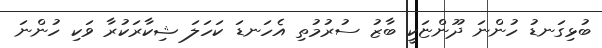
ބުޅިގަނޑު ހުންނަ ދޫންޏަކީ ބާޒު ސުރުމުތި އެހަނޑަ ކަހަލަ ޝިކާރަކުރާ ވަކި ހުންނަ